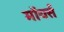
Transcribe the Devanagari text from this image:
मॉयर्स